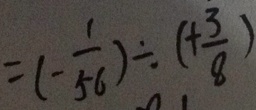
= ( - \frac { 1 } { 5 6 } ) \div ( + \frac { 3 } { 8 } )